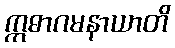
ဣဓာဂမနာယာတိ